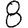
Digit: 8